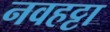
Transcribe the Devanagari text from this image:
नवहट्टा